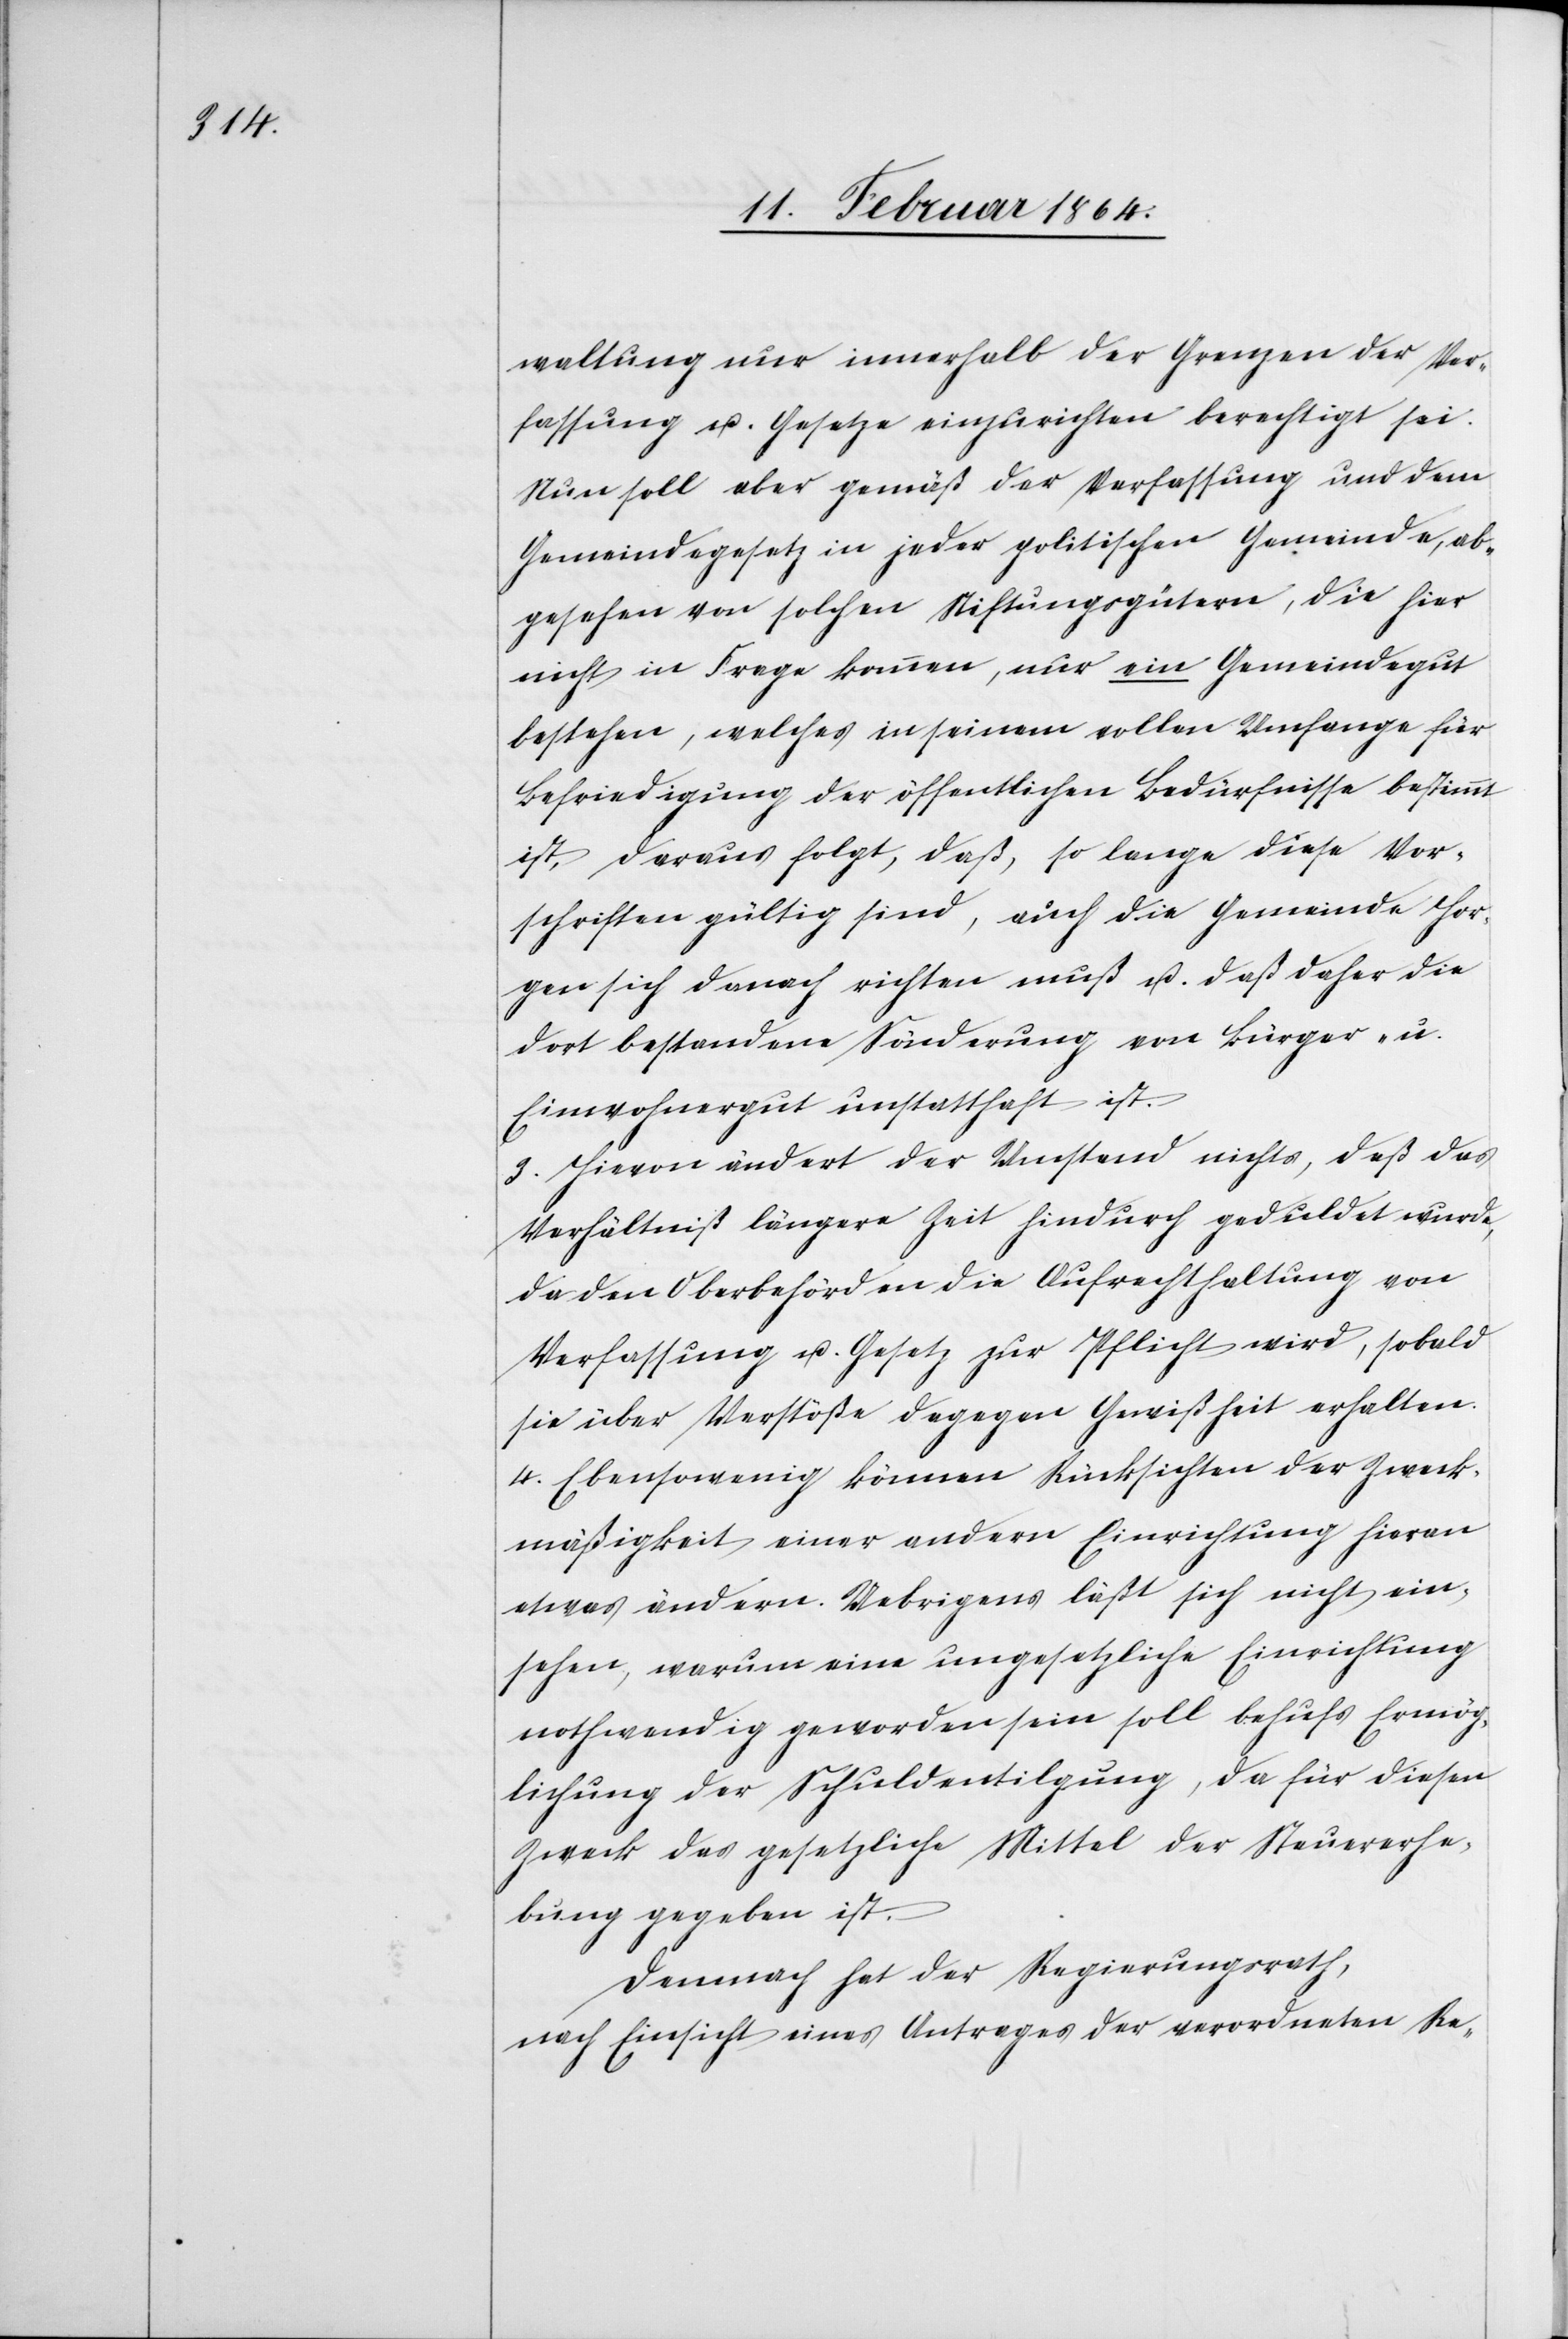
waltung nur innerhalb der Grenzen der Ver¬
fassung u. Gesetze einzurichten berechtigt sei.
Nun soll aber gemäß der Verfassung und dem
Gemeindegesetz in jeder politischen Gemeinde, ab¬
gesehen von solchen Stiftungsgütern, die hier
nicht in Frage kommen, nur ein Gemeindegut
bestehen, welches in seinem vollen Umfange für
Befriedigung der öffentlichen Bedürfnisse bestimmt
ist, daraus folgt, daß, so lange diese Vor¬
schriften gültig sind, auch die Gemeinde Hor¬
gen sich danach richten muß u. daß daher die
dort bestandene Sonderung von Bürger- u.
Einwohnergut unstatthaft ist.
3. Hievon ändert der Umstand nichts, daß das
Verhältniß längere Zeit hindurch geduldet wurde,
da den Oberbehörden die Aufrechthaltung von
Verfassung u. Gesetz zur Pflicht wird, sobald
sie über Verstöße dagegen Gewißheit erhalten.
4. Ebensowenig können Rücksichten der Zweck¬
mäßigkeit einer andern Einrichtung hieran
etwas ändern. Uebrigens läßt sich nicht ein¬
sehen, warum eine ungesetzliche Einrichtung
nothwendig geworden sein soll behufs Ermög¬
lichung der Schuldentilgung, da für diesen
Zweck das gesetzliche Mittel der Steuererhe¬
bung gegeben ist.
Demnach hat der Regierungsrath,
nach Einsicht eines Antrages der verordneten Re-